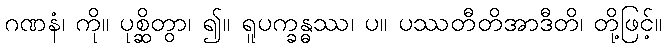
ဂဏနံ၊ ကို။ ပုစ္ဆိတွာ၊ ၍။ ရူပက္ခန္ဓဿ၊ ပ။ ပဿတီတိအာဒီတိ၊ တို့ဖြင့်။